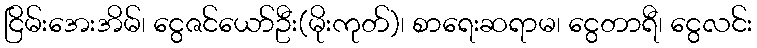
ငြိမ်းအေးအိမ်၊ ငွေဇင်ယော်ဦး(မိုးကုတ်)၊ စာရေးဆရာမ၊ ငွေတာရီ၊ ငွေလင်း